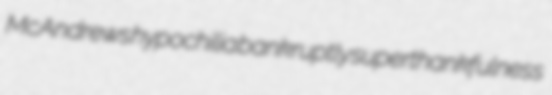
McAndrews hypochilia bankruptly superthankfulness